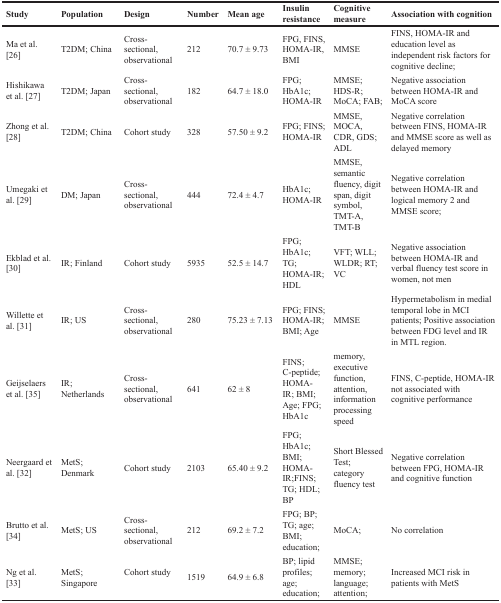
| Study | Population | Design | Number | Mean age | Insulin resistance | Cognitive measure | Association with cognition |
 | --- | --- | --- | --- | --- | --- | --- | --- |
 | Ma et al. [26] | T2DM; China | Cross-sectional, observational | 212 | 70.7 ± 9.73 | FPG, FINS, HOMA-IR, BMI | MMSE | FINS, HOMA-IR and education level as independent risk factors for cognitive decline; |
 | Hishikawa et al. [27] | T2DM; Japan | Cross-sectional, observational | 182 | 64.7 ± 18.0 | FPG; HbA1c; HOMA-IR | MMSE; HDS-R; MoCA; FAB; | Negative association between HOMA-IR and MoCA score |
 | Zhong et al. [28] | T2DM; China | Cohort study | 328 | 57.50 ± 9.2 | FPG; FINS; HOMA-IR | MMSE, MOCA, CDR, GDS; ADL | Negative correlation between FINS, HOMA-IR and MMSE score as well as delayed memory |
 | Umegaki et al. [29] | DM; Japan | Cross-sectional, observational | 444 | 72.4 ± 4.7 | HbA1c; HOMA-IR | MMSE, semantic fluency, digit span, digit symbol, TMT-A, TMT-B | Negative correlation between HOMA-IR and logical memory 2 and MMSE score; |
 | Ekblad et al. [30] | IR; Finland | Cohort study | 5935 | 52.5 ± 14.7 | FPG; HbA1c; TG; HOMA-IR; HDL | VFT; WLL; WLDR; RT; VC | Negative association between HOMA-IR and verbal fluency test score in women, not men |
 | Willette et al. [31] | IR; US | Cross-sectional, observational | 280 | 75.23 ± 7.13 | FPG; FINS; HOMA-IR; BMI; Age | MMSE | Hypermetabolism in medial temporal lobe in MCI patients; Positive association between FDG level and IR in MTL region. |
 | Geijselaers et al. [35] | IR; Netherlands | Cross-sectional, observational | 641 | 62 ± 8 | FINS; C-peptide; HOMA-IR; BMI; Age; FPG; HbA1c | memory, executive function, attention, information processing speed | FINS, C-peptide, HOMA-IR not associated with cognitive performance |
 | Neergaard et al. [32] | MetS; Denmark | Cohort study | 2103 | 65.40 ± 9.2 | FPG; HbA1c; BMI; HOMA-IR;FINS; TG; HDL; BP | Short Blessed Test; category fluency test | Negative correlation between FPG, HOMA-IR and cognitive function |
 | Brutto et al. [34] | MetS; US | Cross-sectional, observational | 212 | 69.2 ± 7.2 | FPG; BP; TG; age; BMI; education; | MoCA; | No correlation |
 | Ng et al. [33] | MetS; Singapore | Cohort study | 1519 | 64.9 ± 6.8 | BP; lipid profiles; age; education; | MMSE; memory; language; attention; | Increased MCI risk in patients with MetS |